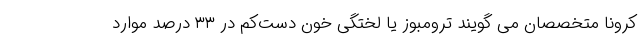
کرونا متخصصان می گویند ترومبوز یا لختگی خون دست‌کم در ۳۳ درصد موارد